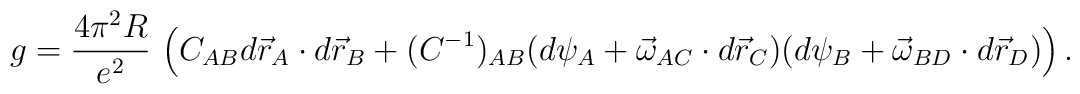
g=\frac{4\pi^2 R}{e^2}\,\left(C_{AB}d\vec r_A\cdot d\vec r_B + (C^{-1})_{AB} (d\psi_A+\vec \omega_{AC}\cdot d\vec r_C)(d\psi_B+\vec \omega_{BD} \cdot d\vec r_D)\right) .